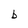
Character: b